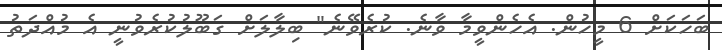
ބަހަކަށް 6 މީހުން. އެހެންވީމާ ވާނެ. ކުރެވޭނެ" ބިލާލަށް ގަބޫލުކުރެވުނީ އެ މުއްދަތު